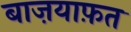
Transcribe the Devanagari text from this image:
बाज़याफ़त